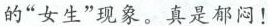
的”女生”现象。真是郁闷！